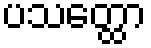
ပသတ္ထော